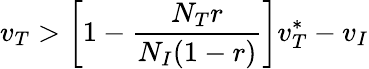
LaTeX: v_{T}>\left[1-\frac{N_{T}r}{N_{I}(1-r)}\right]v_{T}^{*}-v_{I}